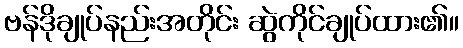
ဗန်ဒိုချုပ်နည်းအတိုင်း ဆွဲကိုင်ချုပ်ထား၏။